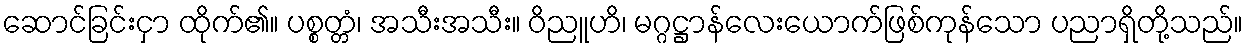
ဆောင်ခြင်းငှာ ထိုက်၏။ ပစ္စတ္တံ၊ အသီးအသီး။ ဝိညူဟိ၊ မဂ္ဂဋ္ဌာန်လေးယောက်ဖြစ်ကုန်သော ပညာရှိတို့သည်။